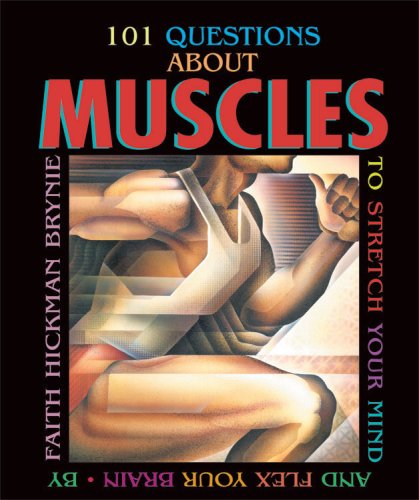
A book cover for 101 Questions About Muscles: To Stretch Your Mind and Flex Your Brain; Faith Hickman Brynie; Teen & Young Adult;